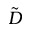
\tilde { D }